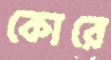
কোরে